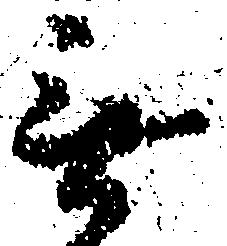
無